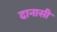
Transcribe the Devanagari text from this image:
दानासी